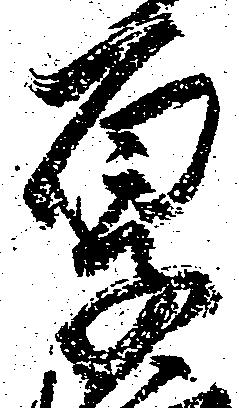
厚